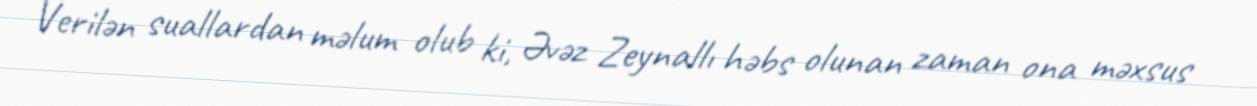
Verilən suallardan məlum olub ki, Əvəz Zeynallı həbs olunan zaman ona məxsus